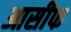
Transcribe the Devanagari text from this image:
आसीफ